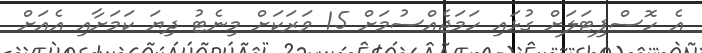
އެ ހޮސްޕިޓަލަށް ގުޅައި ހަމަޖެއްސުމަށް 15 ވަރަކަށް މިނެޓު ދިޔަ ކަމަށާއި އެއަށް